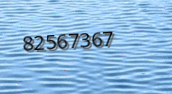
82567367